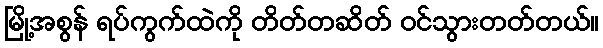
မြို့အစွန် ရပ်ကွက်ထဲကို တိတ်တဆိတ် ဝင်သွားတတ်တယ်။